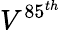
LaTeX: V^{85^{th}}